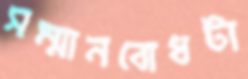
সম্মানবোধটা